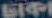
ঢাকা